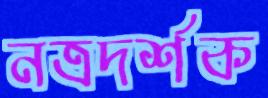
নত্রদর্শক